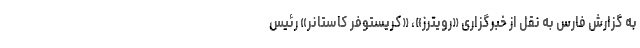
به گزارش فارس به نقل از خبرگزاری «رویترز»، «کریستوفر کاستانر» رئیس